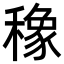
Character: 𮃯